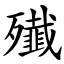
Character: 殱